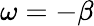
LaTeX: \omega=-\beta